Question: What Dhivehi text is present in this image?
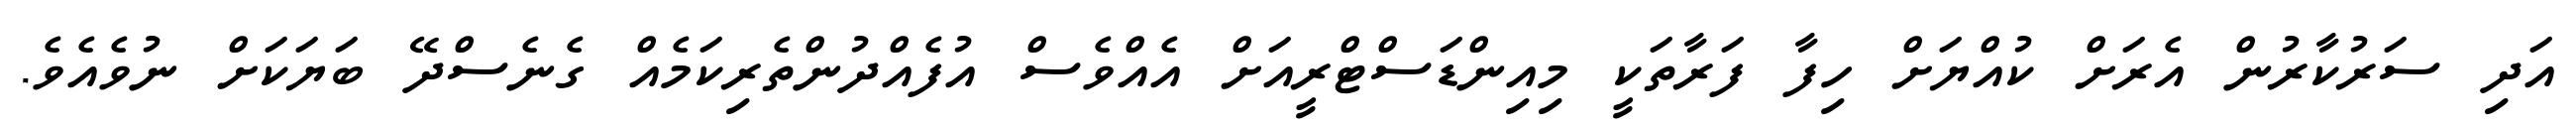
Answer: އަދި ސަރުކާރުން އެރަށް ކުއްޔަށް ހިފާ ފަރާތަކީ މިއިންޑަސްޓްރީއަށް އެއްވެސް އުފެއްދުންތެރިކަމެއް ގެނެސްދޭ ބަޔަކަށް ނުވެއެވެ.